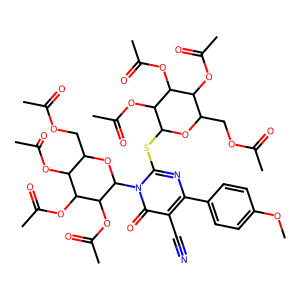
SMILES: COc1ccc(-c2nc(SC3OC(COC(C)=O)C(OC(C)=O)C(OC(C)=O)C3OC(C)=O)n(C3OC(COC(C)=O)C(OC(C)=O)C(OC(C)=O)C3OC(C)=O)c(=O)c2C#N)cc1
Inhibits HIV replication: No